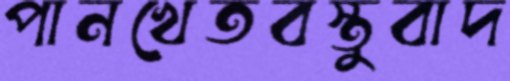
পানখেতবস্তুবাদ